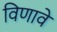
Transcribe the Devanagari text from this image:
विणावे